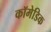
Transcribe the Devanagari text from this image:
कॉमेडिक